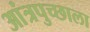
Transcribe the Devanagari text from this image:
आंत्रपुच्छाला